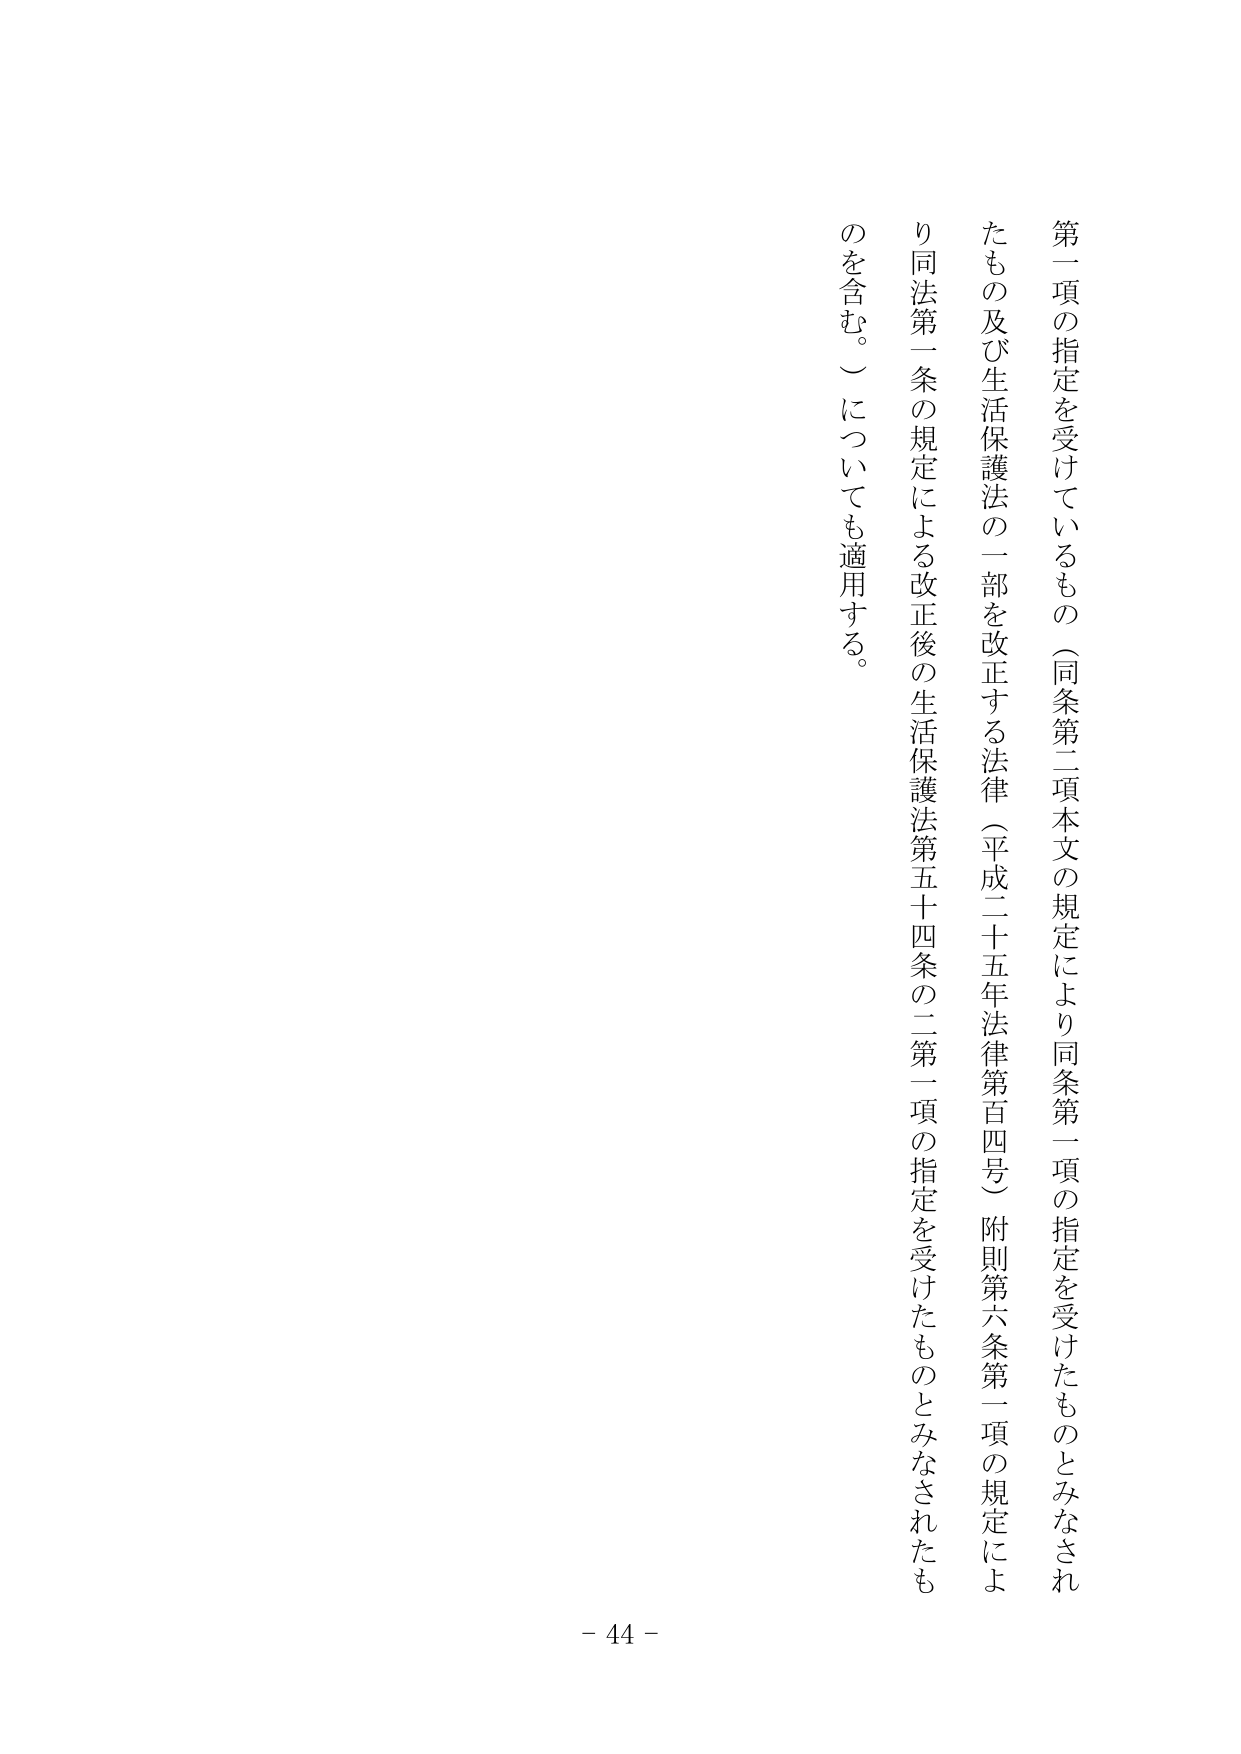
第一項の指定を受けているもの（同条第二項本文の規定により同条第一項の指定を受けたものとみなされたもの及び生活保護法の一部を改正する法律（平成二十五年法律第百四号）附則第六条第二項の規定により同法第一条の規定による改正後の生活保護法第五十四条の二第一項の指定を受けたものとみなされたものを含む。）についても適用する。

- 44 -